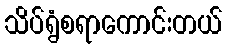
သိပ်ရွံစရာကောင်းတယ်